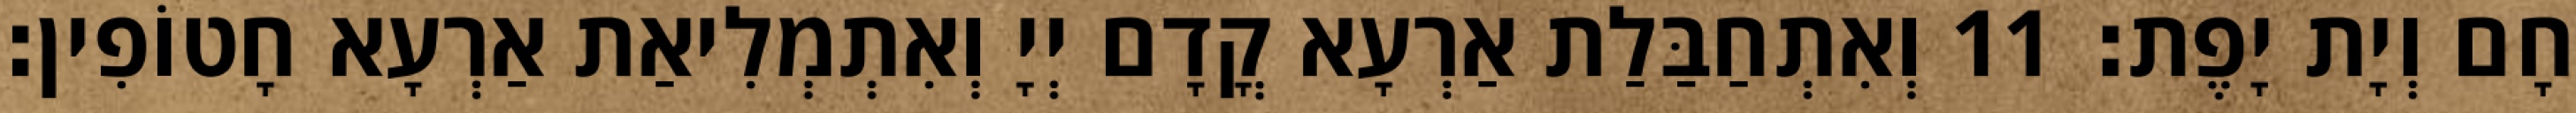
חָם וְיָת יָפֶת׃ 11 וְאִתְחַבַּלַת אַרְעָא קֳדָם יְיָ וְאִתְמְלִיאַת אַרְעָא חָטוֹפִין׃